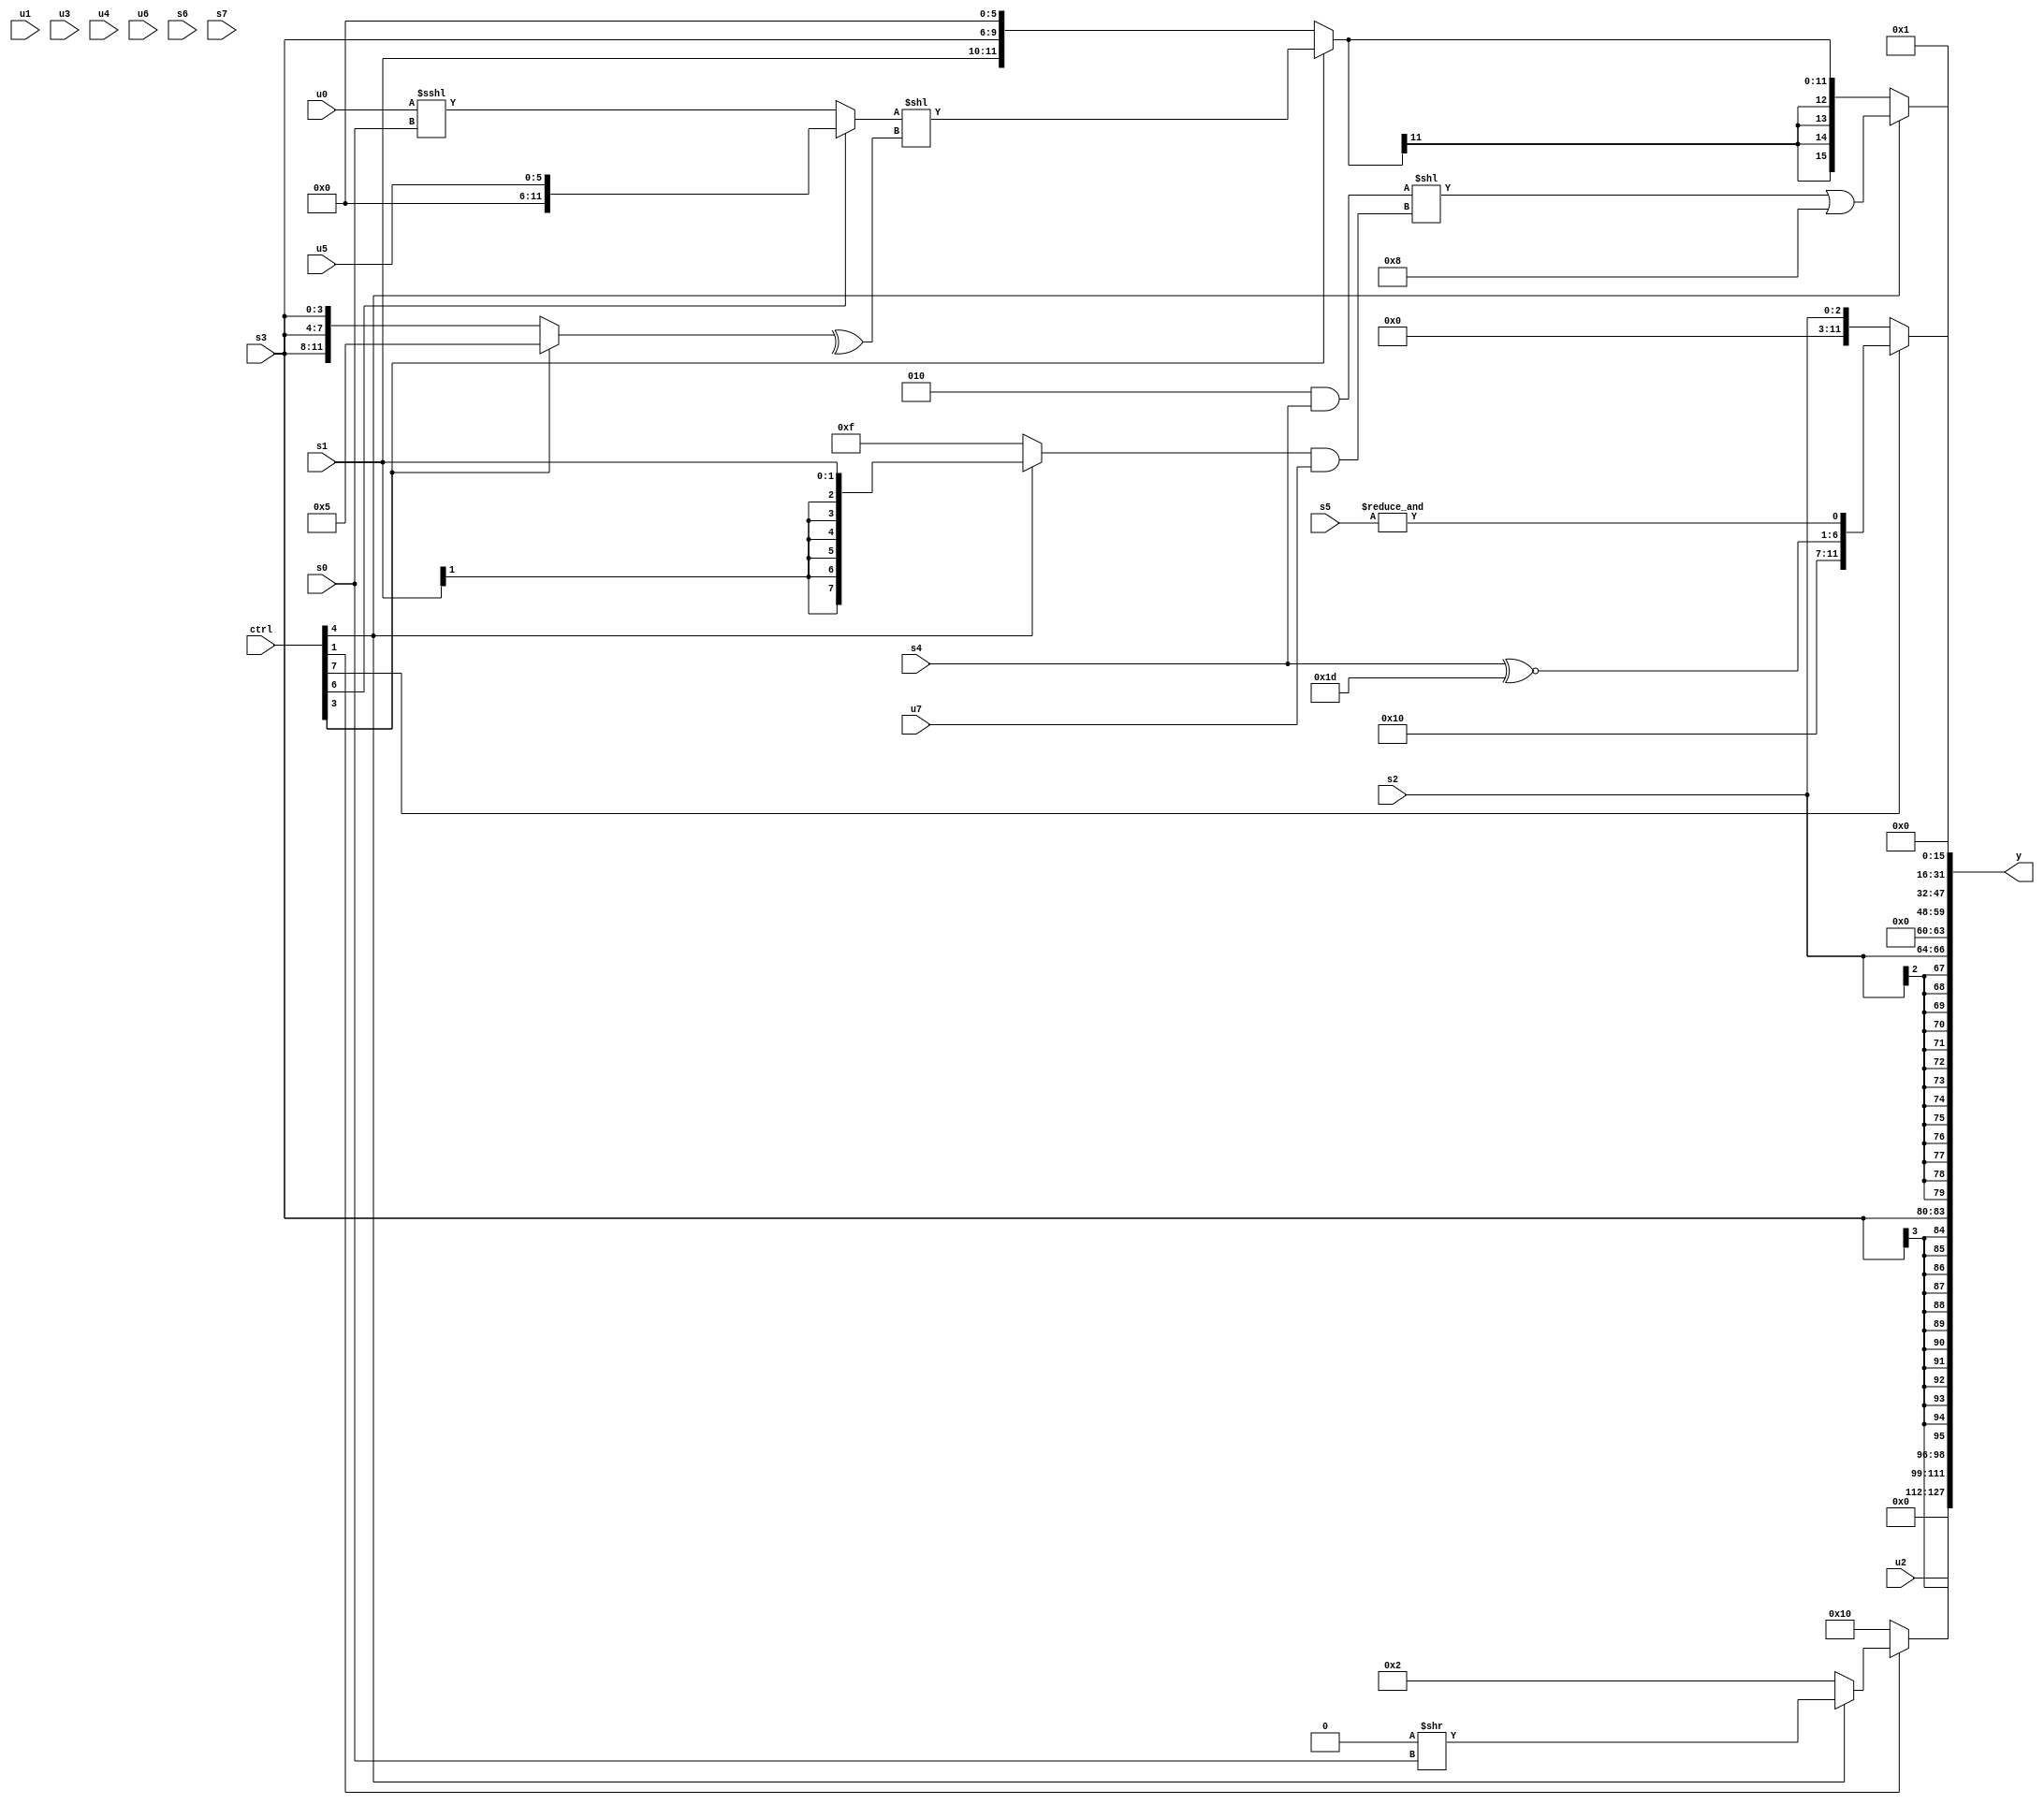
module wideexpr_00407(ctrl, u0, u1, u2, u3, u4, u5, u6, u7, s0, s1, s2, s3, s4, s5, s6, s7, y);
  input [7:0] ctrl;
  input [0:0] u0;
  input [1:0] u1;
  input [2:0] u2;
  input [3:0] u3;
  input [4:0] u4;
  input [5:0] u5;
  input [6:0] u6;
  input [7:0] u7;
  input signed [0:0] s0;
  input signed [1:0] s1;
  input signed [2:0] s2;
  input signed [3:0] s3;
  input signed [4:0] s4;
  input signed [5:0] s5;
  input signed [6:0] s6;
  input signed [7:0] s7;
  output [127:0] y;
  wire [15:0] y0;
  wire [15:0] y1;
  wire [15:0] y2;
  wire [15:0] y3;
  wire [15:0] y4;
  wire [15:0] y5;
  wire [15:0] y6;
  wire [15:0] y7;
  assign y = {y0,y1,y2,y3,y4,y5,y6,y7};
  assign y0 = (ctrl[1]?(ctrl[4]?+(+((1'sb0)>>(s0))):2'b10):5'b10000);
  assign y1 = u2;
  assign y2 = s3;
  assign y3 = s2;
  assign y4 = $signed({4{(ctrl[7]?{{5'sb00000},6'sb010000,(s4)^~(6'sb011101),&(s5)}:$signed($signed(s2)))}});
  assign y5 = 2'sb01;
  assign y6 = (ctrl[4]?(((3'sb010)&($signed(+({s4}))))<<($signed(((ctrl[4]?+(s1):(4'sb0110)|(6'sb001101)))&(+($signed(u7))))))|($signed(4'sb1000)):$signed((ctrl[3]?((ctrl[6]?u5:(u0)<<<(s0)))<<(^((ctrl[3]?{4'sb0101}:{3{s3}}))):{s1,(ctrl[4]?$signed($signed(4'sb1010)):s3),(+((2'sb00)<<<(4'sb1001)))<<<(5'b01001),{4{$signed((5'sb00001)>(6'sb000110))}}})));
  assign y7 = +($signed($signed(2'sb00)));
endmodule